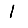
Digit: 1